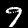
Label: 9